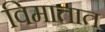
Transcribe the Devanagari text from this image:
विमातात